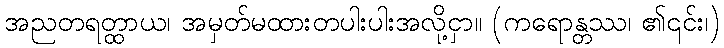
အညတရတ္ထာယ၊ အမှတ်မထားတပါးပါးအလို့ငှာ။ (ကရောန္တဿ၊ ၏၎င်း၊)